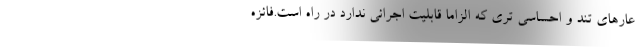
عارهای تند و احساسی تری که الزاما قابلیت اجرائی ندارد در راه است.فائزه